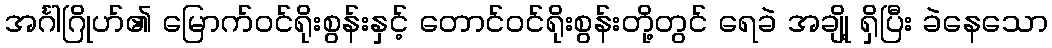
အင်္ဂါဂြိုဟ်၏ မြောက်ဝင်ရိုးစွန်းနှင့် တောင်ဝင်ရိုးစွန်းတို့တွင် ရေခဲ အချို့ ရှိပြီး ခဲနေသော